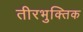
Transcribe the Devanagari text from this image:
तीरभुक्‍तिक